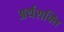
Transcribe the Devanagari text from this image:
अर्थशक्ति